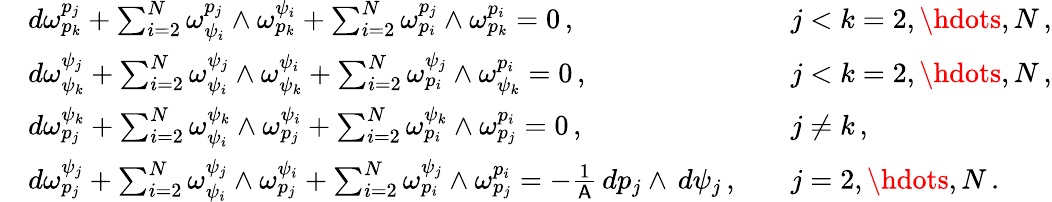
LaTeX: \begin{array}{rlrl}&{d\omega^{p_{j}}_{p_{k}}+\sum_{i=2}^{N}\omega^{p_{j}}_{\psi_{i}}\wedge\omega^{\psi_{i}}_{p_{k}}+\sum_{i=2}^{N}\omega^{p_{j}}_{p_{i}}\wedge\omega^{p_{i}}_{p_{k}}=0\, ,}&&{j<k=2,\hdots,N\, ,}\\ &{d\omega^{\psi_{j}}_{\psi_{k}}+\sum_{i=2}^{N}\omega^{\psi_{j}}_{\psi_{i}}\wedge\omega^{\psi_{i}}_{\psi_{k}}+\sum_{i=2}^{N}\omega^{\psi_{j}}_{p_{i}}\wedge\omega^{p_{i}}_{\psi_{k}}=0\, ,}&&{j<k=2,\hdots,N\, ,}\\ &{d\omega^{\psi_{k}}_{p_{j}}+\sum_{i=2}^{N}\omega^{\psi_{k}}_{\psi_{i}}\wedge\omega^{\psi_{i}}_{p_{j}}+\sum_{i=2}^{N}\omega^{\psi_{k}}_{p_{i}}\wedge\omega^{p_{i}}_{p_{j}}=0\, ,}&&{j\neq k\, ,}\\ &{d\omega^{\psi_{j}}_{p_{j}}+\sum_{i=2}^{N}\omega^{\psi_{j}}_{\psi_{i}}\wedge\omega^{\psi_{i}}_{p_{j}}+\sum_{i=2}^{N}\omega^{\psi_{j}}_{p_{i}}\wedge\omega^{p_{i}}_{p_{j}}=-\frac{1}{\mathsf{A}}\, dp_{j}\wedge\, d\psi_{j}\, ,}&&{j=2,\hdots,N\, .}\end{array}